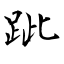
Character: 跐